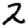
Digit: 2